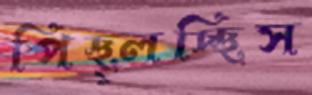
পিছ্‌লচ্ছিস